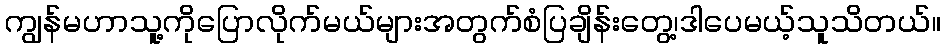
ကျွန်မဟာသူ့ကိုပြောလိုက်မယ်များအတွက်စံပြချိန်းတွေ့၊ဒါပေမယ့်သူသိတယ်။